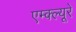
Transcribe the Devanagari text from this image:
एम्क्ल्यूरे